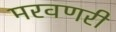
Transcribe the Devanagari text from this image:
मरवणरी